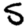
Digit: 5